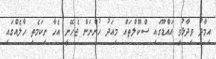
އިމާދު ވިދާޅުވީ އައްޑޫގައި ސްކޫލްތައް މިއަދު ހުންނަން ޖެހޭނީ އެހާ ނިކަމެތި ހާލެއްގައި